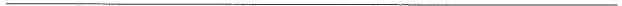
___